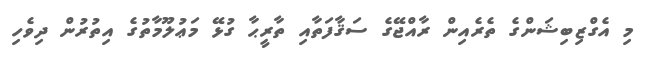
މި އެގްޒިބިޝަންގެ ތެރެއިން ރާއްޖޭގެ ސަޤާފަތާއި ތާރީޙާ ގުޅޭ މަޢުލޫމާތުގެ އިތުރުން ދިވެހި